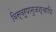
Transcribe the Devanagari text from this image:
विस्वरूपानुजश्चापि